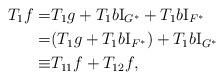
LaTeX: \begin{align*}T_1f=&T_1g+T_1b\mathrm{I}_{G^*}+T_1b\mathrm{I}_{F^*}\\=&(T_1g+T_1b\mathrm{I}_{F^*})+T_1b\mathrm{I}_{G^*}\\\equiv&T_{11}f+T_{12}f,\end{align*}